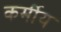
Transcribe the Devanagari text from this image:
कर्मीय